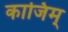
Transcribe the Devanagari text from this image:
काजिम्